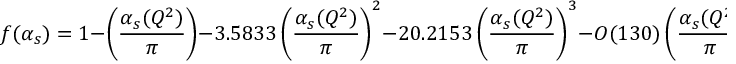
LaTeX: f ( \alpha _ { s } ) = 1 - \left( \frac { \alpha _ { s } ( Q ^ { 2 } ) } { \pi } \right) - 3 . 5 8 3 3 \left( \frac { \alpha _ { s } ( Q ^ { 2 } ) } { \pi } \right) ^ { 2 } - 2 0 . 2 1 5 3 \left( \frac { \alpha _ { s } ( Q ^ { 2 } ) } { \pi } \right) ^ { 3 } - { \cal O } ( 1 3 0 ) \left( \frac { \alpha _ { s } ( Q ^ { 2 } ) } { \pi } \right) ^ { 4 }